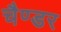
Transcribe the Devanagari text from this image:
चैण्डर